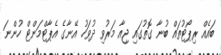
ބައެއް ރިޕޯޓުތައް ބުނާ ގޮތުގައި ޖިއާ މަރުވި ދުވަހު އޭނާގެ އެޕާޓްމަންޓް ހުންނަ